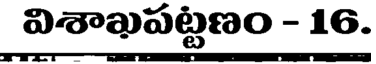
విశాఖపట్టణం - 16.